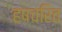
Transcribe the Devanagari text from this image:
हषचरित